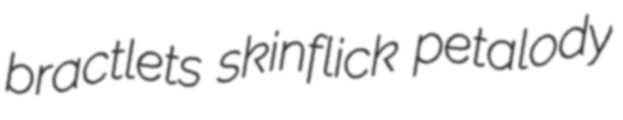
bractlets skinflick petalody